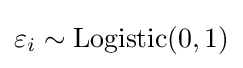
\varepsilon _{i}\sim \operatorname {Logistic} (0,1)